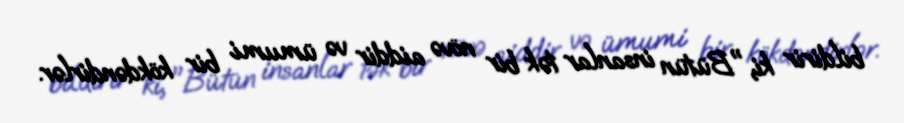
bildirir ki, "Bütün insanlar tək bir növə aiddir və ümumi bir kökdəndirlər.